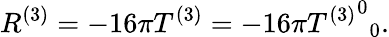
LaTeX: R^{(3)}=-16\pi T^{(3)}=-16\pi{{T^{(3)}}^{0}}_{0}.